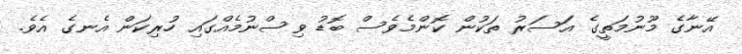
އޭނާގެ މޫނުމަތީގެ އަސަރު ތަކުން ކޮންމެވެސް ބޮޑު ވިސްނުމެއްގައި ހުރިކަން އެނގެ އެވެ.